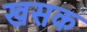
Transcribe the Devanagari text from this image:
खसक